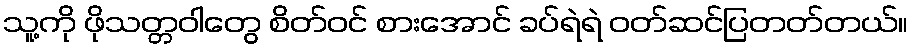
သူ့ကို ဖိုသတ္တဝါတွေ စိတ်ဝင် စားအောင် ခပ်ရဲရဲ ဝတ်ဆင်ပြတတ်တယ်။